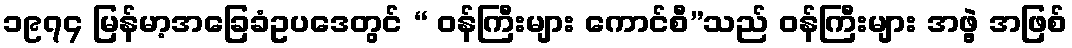
၁၉၇၄ မြန်မာ့အခြေခံဥပဒေတွင် “ ဝန်ကြီးများ ကောင်စီ”သည် ဝန်ကြီးများ အဖွဲ့ အဖြစ်